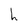
Character: h